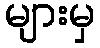
များမှ